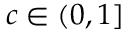
c \in ( 0 , 1 ]